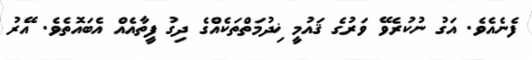
ފެނެއެވެ. އަގު ނުކުރެވޭ ވަރުގެ ޤައުމީ ޚިދުމަތްތަކެއްގެ ދިގު ފީތާއެއް އެބައޮތެވެ. އޭރު